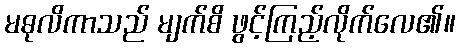
မဓုလိကာသည် မျက်စိ ဖွင့်ကြည့်လိုက်လေ၏။